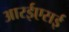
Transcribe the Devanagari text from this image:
आरईएसई